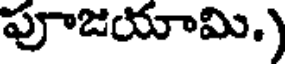
పూజయామి.)